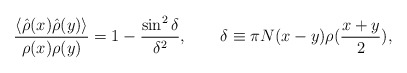
\begin{align*}{{\langle \hat{\rho}(x) \hat{\rho}(y) \rangle} \over{\rho(x)\rho(y)}}= 1-{{\sin^2 \delta} \over {\delta^2}}, \quad\quad \delta \equiv\pi N (x-y) \rho({{x+y} \over 2}),\end{align*}